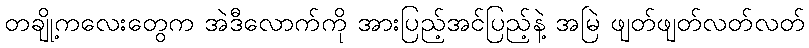
တချို့ကလေးတွေက အဲဒီလောက်ကို အားပြည့်အင်ပြည့်နဲ့ အမြဲ ဖျတ်ဖျတ်လတ်လတ်